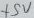
Text: +5V